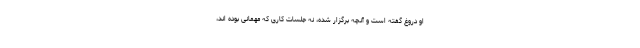
او دروغ گفته است و آنچه برگزار شده، نه جلسات کاری که مهمانی بوده اند،